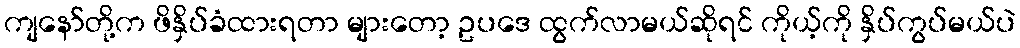
ကျနော်တို့က ဖိနှိပ်ခံထားရတာ များတော့ ဥပဒေ ထွက်လာမယ်ဆိုရင် ကိုယ့်ကို နှိပ်ကွပ်မယ်ပဲ